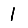
Digit: 1